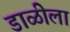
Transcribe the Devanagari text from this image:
डाळीला